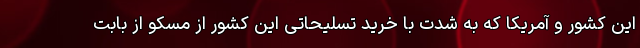
این کشور و آمریکا که به شدت با خرید تسلیحاتی این کشور از مسکو از بابت